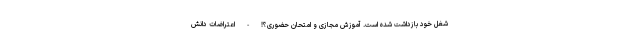
شغل خود بازداشت شده است. آموزش مجازی و امتحان حضوری؟! - اعتراضات دانش